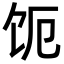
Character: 𬲩